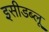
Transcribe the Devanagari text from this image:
इसीडब्लू